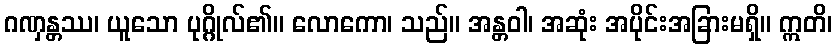
ဂဏှန္တဿ၊ ယူသော ပုဂ္ဂိုလ်၏။ လောကော၊ သည်။ အန္တဝါ၊ အဆုံး အပိုင်းအခြားမရှိ။ ဣတိ၊